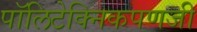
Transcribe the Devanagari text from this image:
पॉलिटेक्निकपणजी